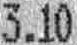
3.10